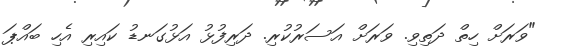
"ވަރަށް ހިތް ދަތިވި. ވަރަށް އަސަރުކުރި. ދަރިފުޅު އަޅުގަނޑު ކައިރި އެހި ބައްޕަ